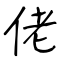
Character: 佬